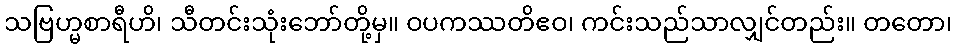
သဗြဟ္မစာရီဟိ၊ သီတင်းသုံးဘော်တို့မှ။ ဝပကဿတိဧဝ၊ ကင်းသည်သာလျှင်တည်း။ တတော၊